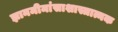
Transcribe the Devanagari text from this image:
ज्ञानमीमांसाशास्त्रात्मक